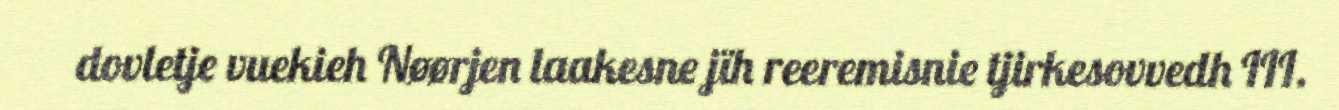
dovletje vuekieh Nøørjen laakesne jïh reeremisnie tjirkesovvedh III.